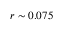
r \sim 0 . 0 7 5